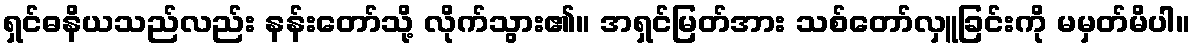
ရှင်ဓနိယသည်လည်း နန်းတော်သို့ လိုက်သွား၏။ အရှင်မြတ်အား သစ်တော်လှူခြင်းကို မမှတ်မိပါ။